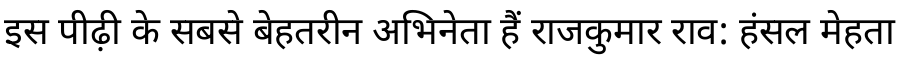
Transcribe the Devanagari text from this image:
इस पीढ़ी के सबसे बेहतरीन अभिनेता हैं राजकुमार राव: हंसल मेहता